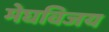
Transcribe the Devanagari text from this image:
मेघविजय